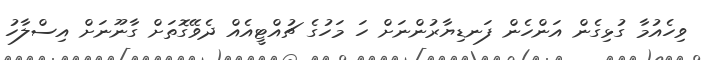
ވިހެއުމާ ގުޅިގެން އަންހެން ފަނޑިޔާރުންނަށް ހަ މަހުގެ ޗުއްޓީއެއް ދެވޭގޮތަށް ގާނޫނަށް އިސްލާހު